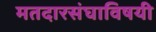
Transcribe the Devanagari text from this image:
मतदारसंघाविषयी